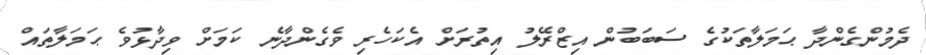
ދެމުންގެންދާ ޙަމަލާތަކުގެ ސަބަބުން އިޒްރޭލު އިތުރަށް އެކަހެރި ވެގެންދާނެ ކަމަށް ވިދާޅުވެ ޙަމަލާތައް